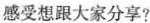
感受想跟大家分享?